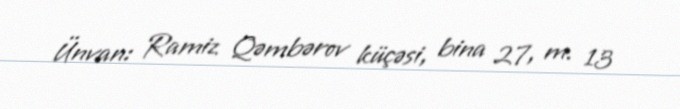
Ünvan: Ramiz Qəmbərov küçəsi, bina 27, m. 13